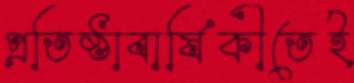
প্রতিষ্ঠাবার্ষিকীতেই